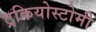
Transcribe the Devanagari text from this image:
ट्रकियोस्टोमी